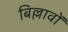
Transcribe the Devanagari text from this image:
बिल्लावों